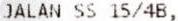
JALAN SS 15/4B,